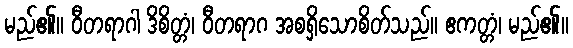
မည်၏။ ဝီတရာဂါ ဒိစိတ္တံ၊ ဝီတရာဂ အစရှိသောစိတ်သည်။ ဧကတ္တံ၊ မည်၏။